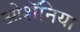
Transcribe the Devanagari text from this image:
ओशॅनिया